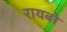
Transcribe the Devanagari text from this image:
रायबो